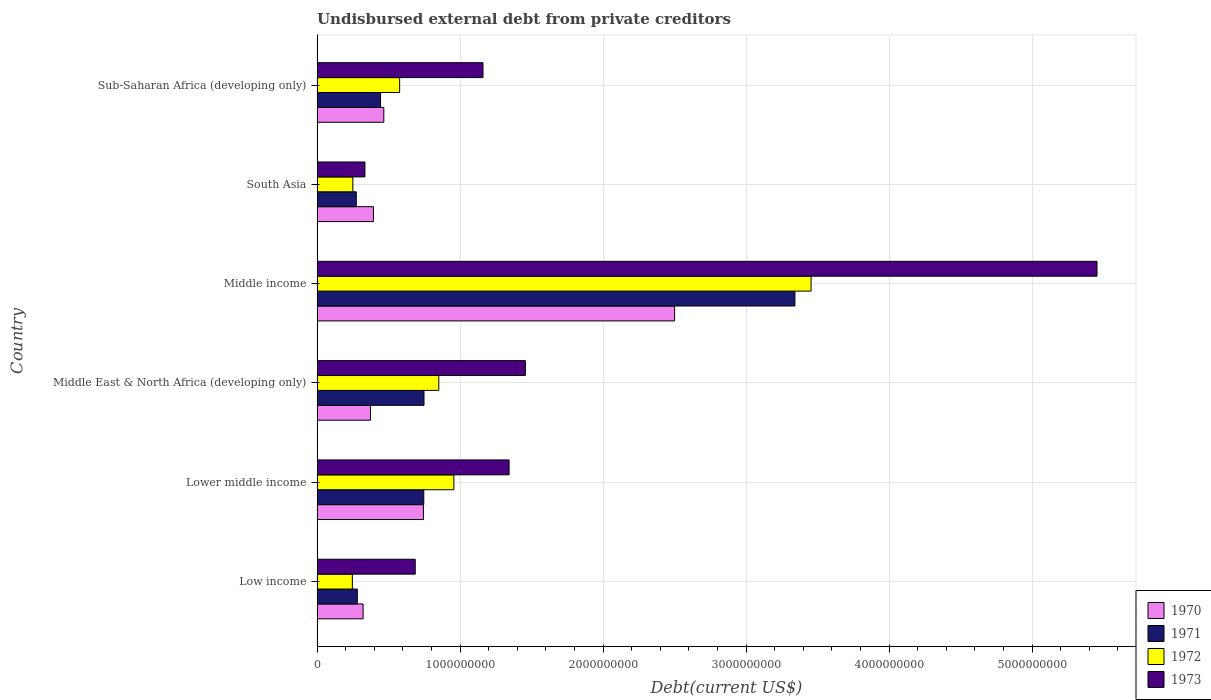
| Country | 1970 | 1971 | 1972 | 1973 |
 | --- | --- | --- | --- | --- |
 | Low income | 3.22e+08 | 2.82e+08 | 2.47e+08 | 6.86e+08 |
 | Lower middle income | 7.44e+08 | 7.46e+08 | 9.57e+08 | 1.34e+09 |
 | Middle East & North Africa (developing only) | 3.74e+08 | 7.48e+08 | 8.51e+08 | 1.46e+09 |
 | Middle income | 2.5e+09 | 3.34e+09 | 3.45e+09 | 5.45e+09 |
 | South Asia | 3.94e+08 | 2.74e+08 | 2.5e+08 | 3.35e+08 |
 | Sub-Saharan Africa (developing only) | 4.67e+08 | 4.44e+08 | 5.77e+08 | 1.16e+09 |